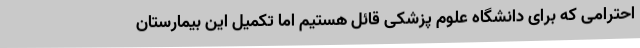
احترامی که برای دانشگاه علوم پزشکی قائل هستیم اما تکمیل این بیمارستان